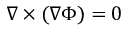
\nabla \times ( \nabla \Phi ) = 0